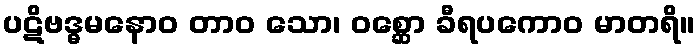
ပဋိဗဒ္ဓမနောဝ တာဝ သော၊ ဝစ္ဆော ခီရပကောဝ မာတရိ။